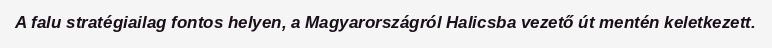
A falu stratégiailag fontos helyen, a Magyarországról Halicsba vezető út mentén keletkezett.